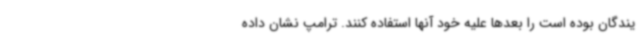
یندگان بوده است را بعدها علیه خود آنها استفاده کنند. ترامپ نشان داده